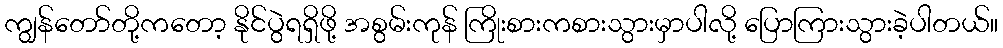
ကျွန်တော်တို့ကတော့ နိုင်ပွဲရရှိဖို့ အစွမ်းကုန် ကြိုးစားကစားသွားမှာပါလို့ ပြောကြားသွားခဲ့ပါတယ်။